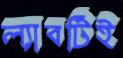
ল্যাবটিই